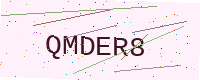
Text: QMDER8